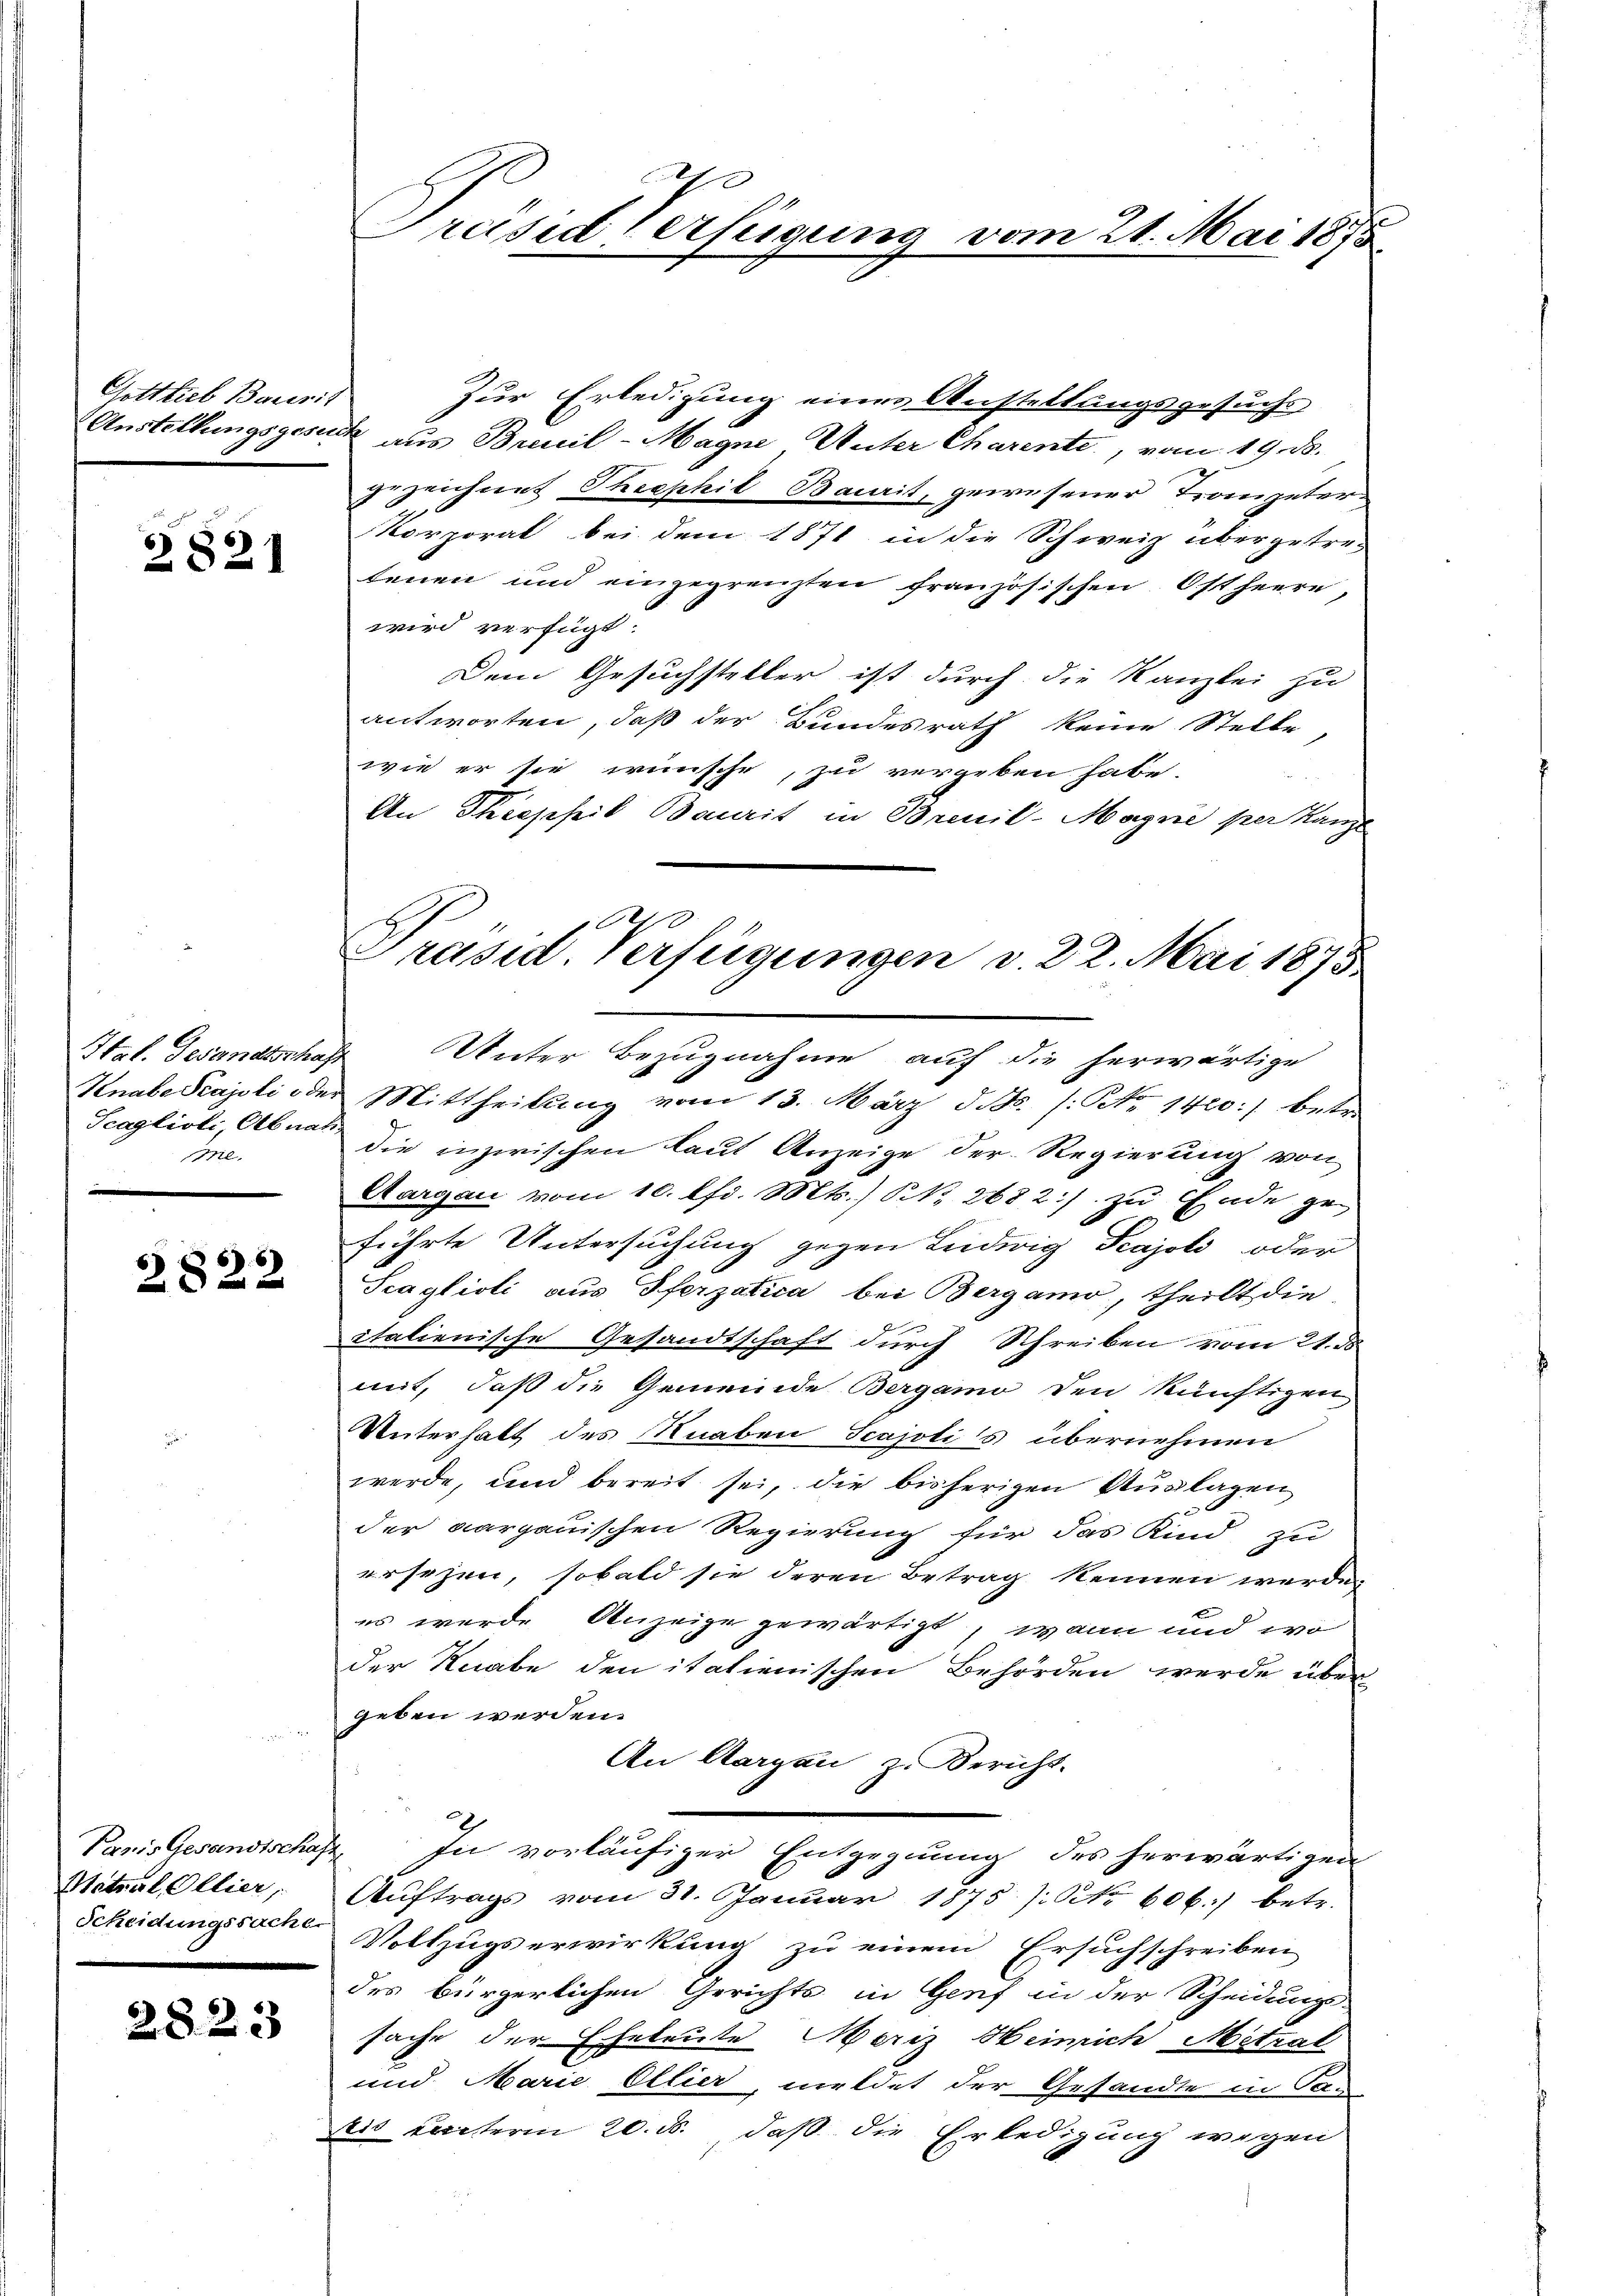
Gottlieb Bareris

2821

Tcaglioli, Abnah

2822

Paris Gesandtschaf
Matral Ellier,
Scheidungssache

2823

.
Gräsiderfügung vom 21. Mai 1875

Zur Erledigung eines Anstellungsgesuchs
Anstellungsgesuch aus Breuil-Magne Unter Charente, vom 19. ds.
ezeichnet Theophie Baurit, gewesener Trompeter-
Korporat bei dem 1871 in die Schweiz übergetretenen und eingegrenzten französischen Ostheere,
wird verfügt
Dem Gesuchsteller ist durch die Kanzlei zu
antworten, daß der Bundesrath keine Stelle
wie er sie wünsche, zu vergeben habe.
An Thieppit Baurit in Brenil-Magnie per Kanze
Htal. Gesandtschaft Unter Bezugnahme auf die herwärtige
Knabe Prajoli oder Mittheilung vom 13. März d. d. /: No 1420:) betr.
die inzwischen laut Anzeige der Regierung von
Aargau vom 10. lfd. Mts., N. 2682:/ zu Ende geführte Untersuchung gegen Ludwig Kajolo oder
Scaglioli aus Pferzatica bei Bergamo, theilt die
italienische Gesandtschaft durch Schreiben vom 21. ds.
mit, daß die Gemeinde Bergamo den künftigen
Unterhalt des Knaben Scajoli's übernehmen
werde, und bereit sei, die bisherigen Auslagen
der aargauischen Regierung für das Kind zu
ersezen, sobald sie deren Betrag kennen werde.
es wurde Anzeige gewärtigt, wann und wo
der Knabe den itatienischen Behörden werde über
geben werden.
An Aargau, z. Bericht.
2. In vorläufiger Entgegnung des herwärtigen
Aŭftrags vom 31. Januar 1875 /: No 606 betr.
Vollzugs erwirkung zu einem Ersuchschreiben
des bürgerlichen Gerichts in Genf in der Scheidungs-
sache der Eheleute Meriz Heinrich Mitzal
und Marie Ellier, meldet der Gesandte in Tan
eis unterm 20. ds. daß die Erledigung wegen

Präsid. Verfügungen v. 22. Mai 1875